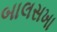
બાલસખા